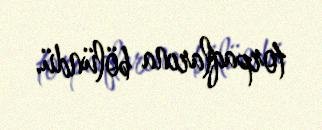
torpaqlarına bölündü.